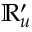
\mathbb { R } _ { u } ^ { \prime }